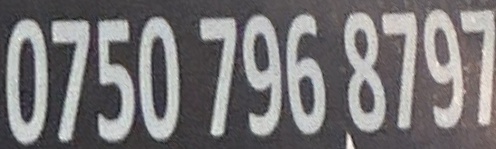
0750 796 8797